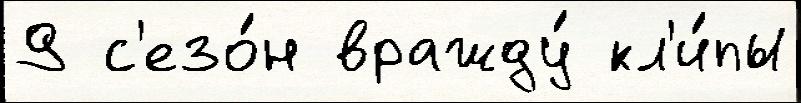
9 с'езо́н вражду́ кл'и́пы